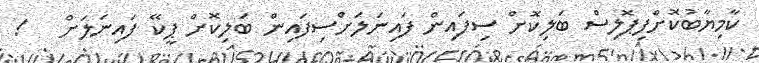
ކާމިޔާބުކޮށްފިޕޮލިސް ބަލިކޮށް ސިފައިން ފައިނަލަށްސިފައިން ބަލިކޮށް ޕީކޭ ފައިނަލަށް   !